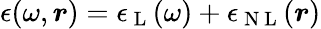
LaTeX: \epsilon(\omega,{\boldsymbol{r}})=\epsilon_{\mathrm{~L~}}(\omega)+\epsilon_{\mathrm{~N~L~}}({\boldsymbol{r}})